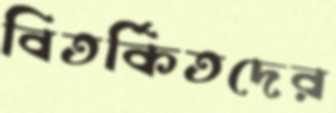
বিতর্কিতদের